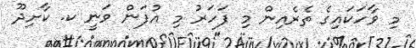
މި ވާހަކައިގެ ތެރެއިން މި ފަހަރު މި އުފަން ވަނީ ކ. ކާށިދޫ